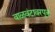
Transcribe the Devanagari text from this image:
वाळवंटावरपुत्र